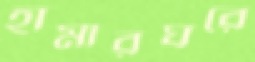
হামারঘরে